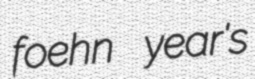
foehn year's